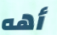
أهه